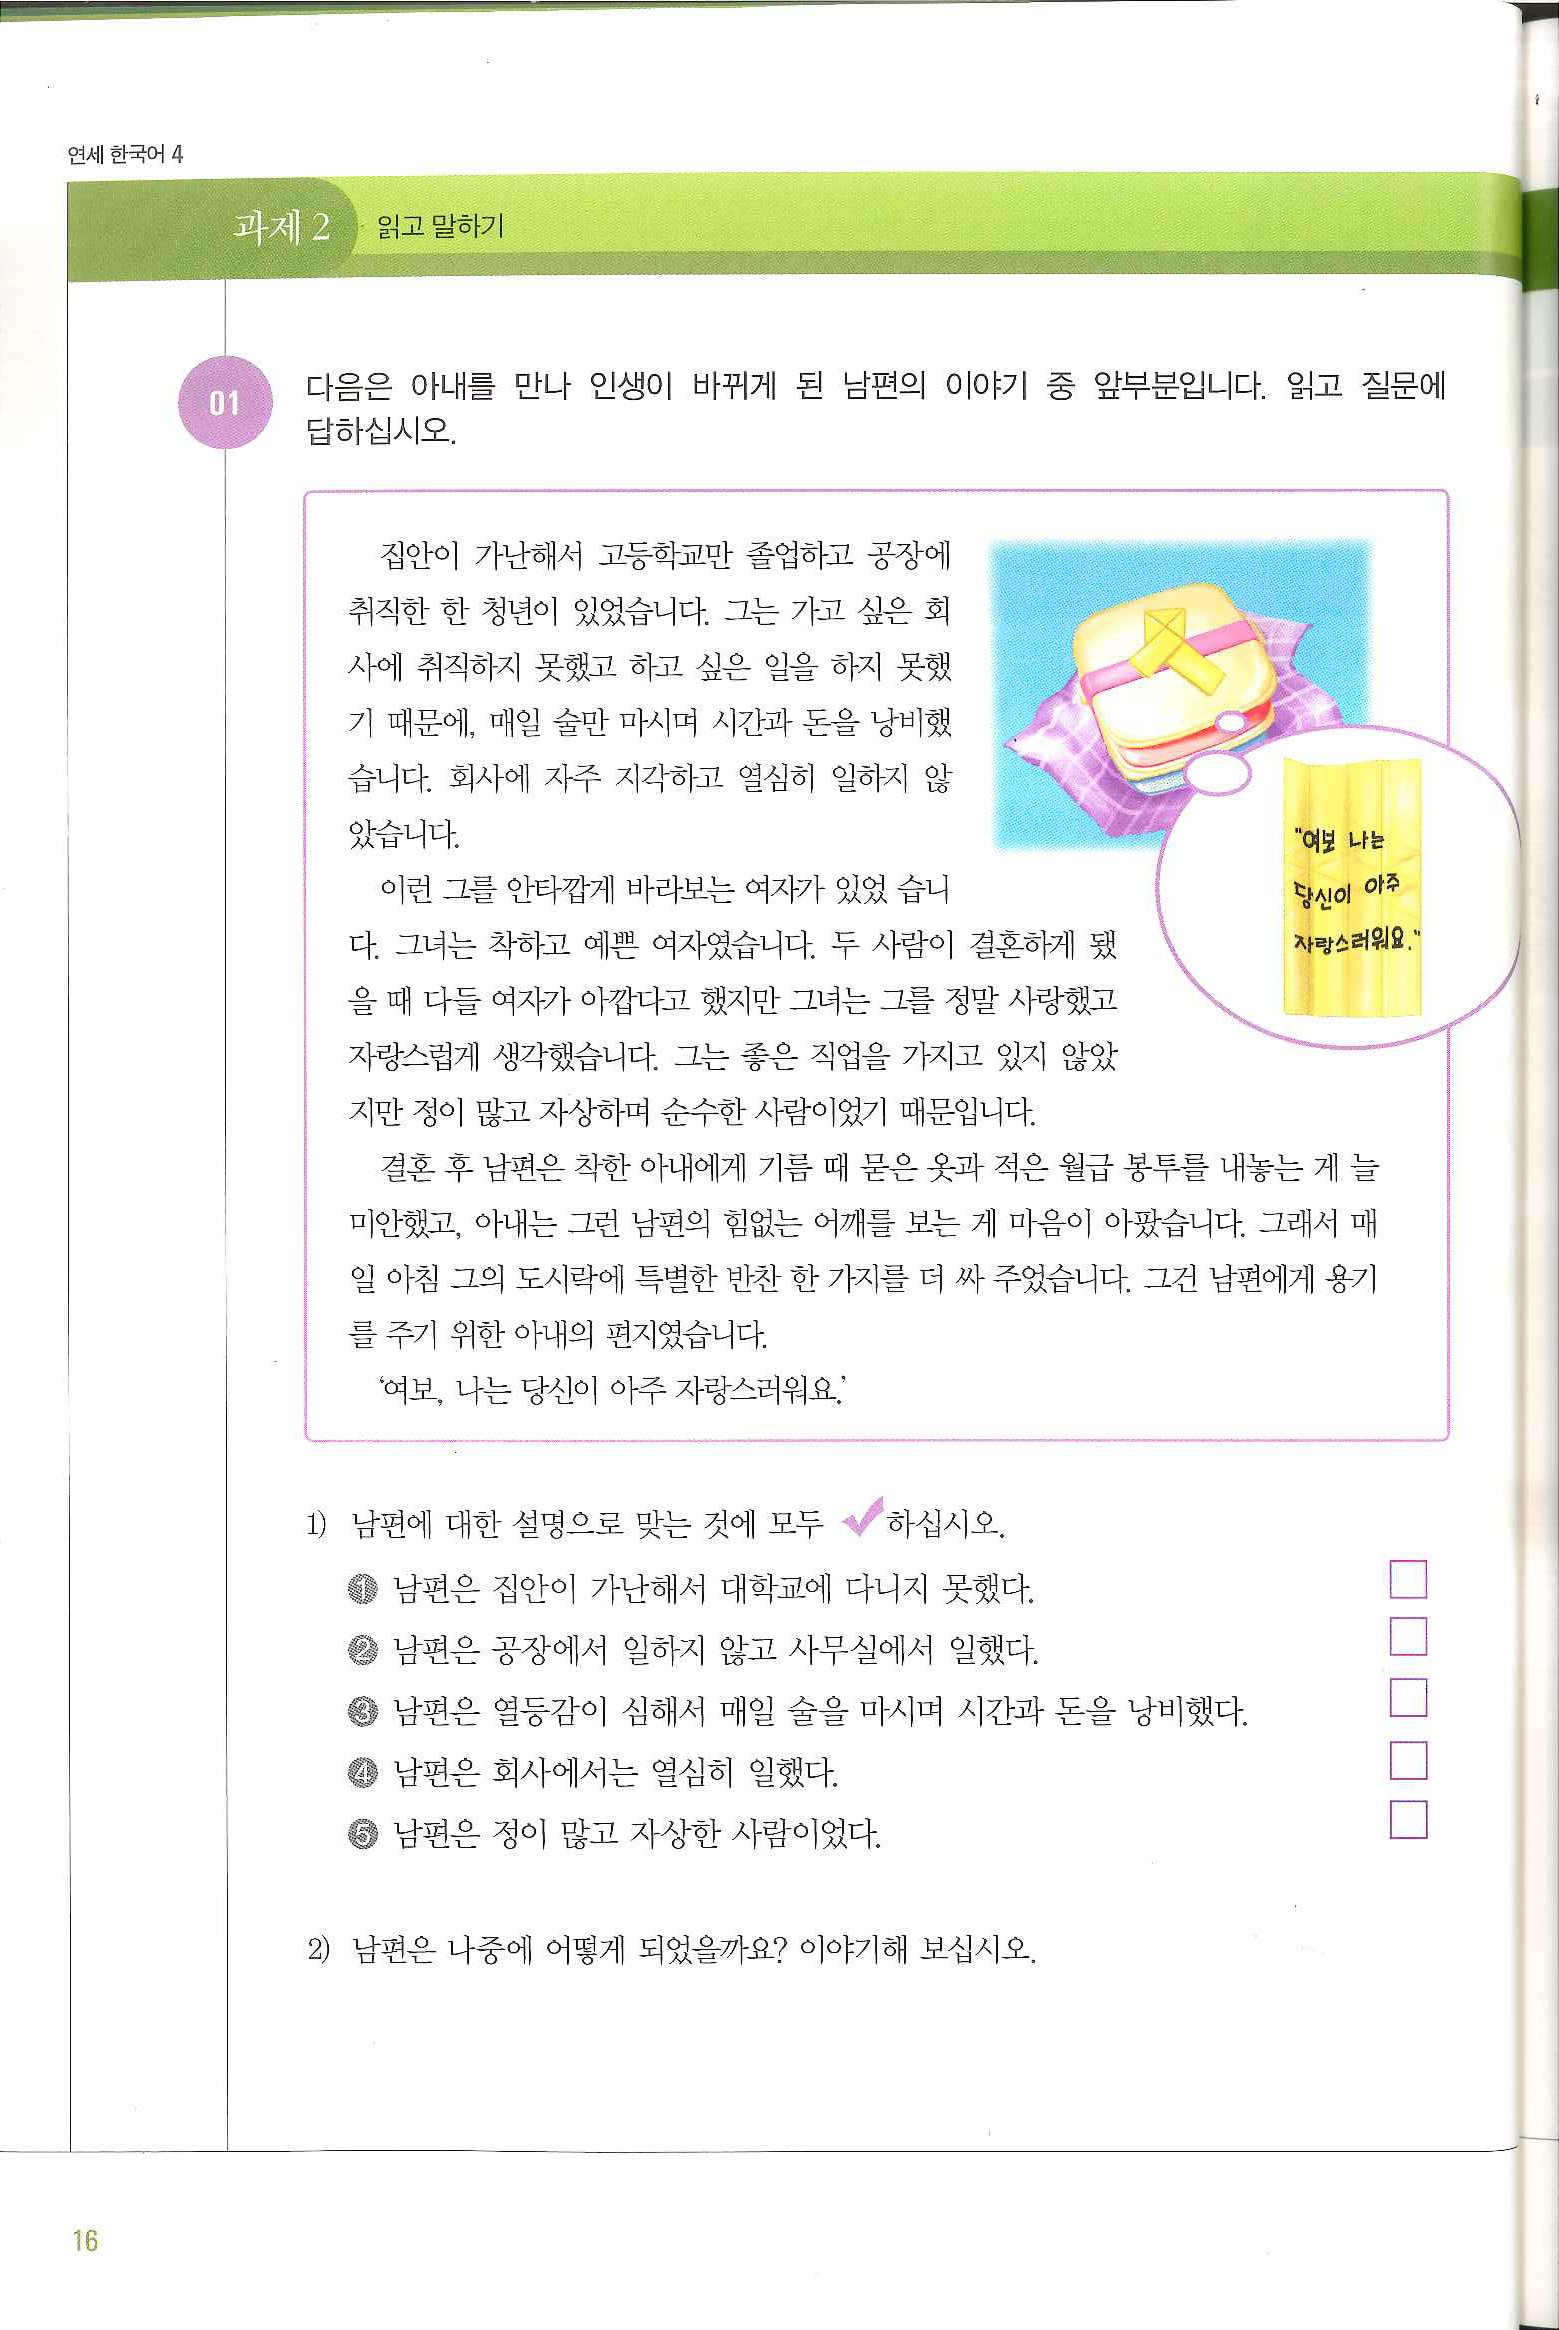
Language: ko